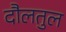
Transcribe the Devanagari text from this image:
दौलतुल